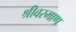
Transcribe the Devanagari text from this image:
श्रीवरमाण